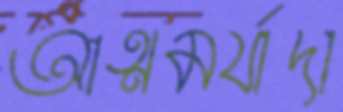
আত্মমর্যাদা